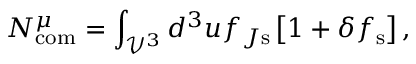
N _ { \mathrm { c o m } } ^ { \mu } = \int _ { \mathcal { V } ^ { 3 } } d ^ { 3 } u f _ { J \mathrm { s } } \left[ 1 + \delta f _ { \mathrm { s } } \right] ,